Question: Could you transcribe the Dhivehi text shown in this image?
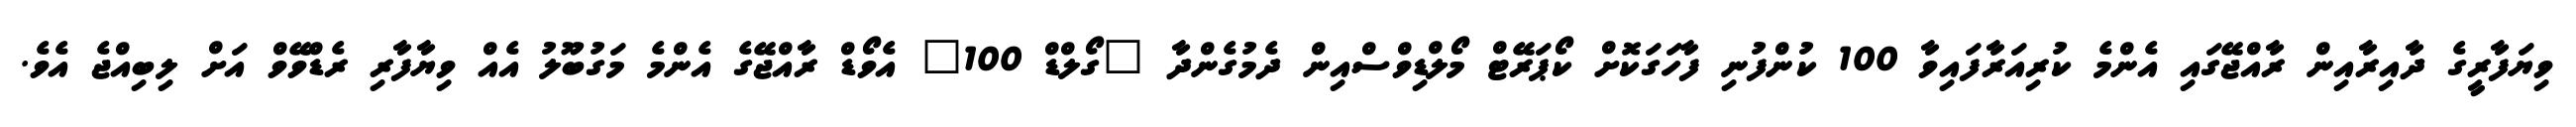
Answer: ވިޔަފާރީގެ ދާއިރާއިން ރާއްޖޭގައި އެންމެ ކުރިއަރާފައިވާ 100 ކުންފުނި ފާހަގަކޮށް ކޯޕަރޭޓް މޯލްޑިވްސްއިން ދެމުގެންދާ "ގޯލްޑް 100" އެވޯޑް ރާއްޖޭގެ އެންމެ މަގުބޫލު އެއް ވިޔާފާރި ރެޑްވޭވް އަށް ލިބިއްޖެ އެވެ.